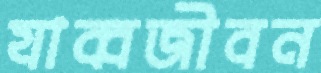
যাব্বজীবন